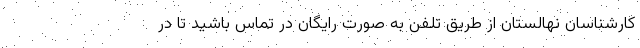
کارشناسان نهالستان از طریق تلفن به صورت رایگان در تماس باشید تا در